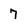
Character: 7